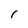
Character: 1